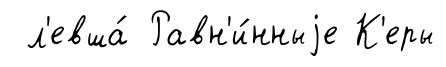
л'евша́ Равн'и́нныjе К'еры